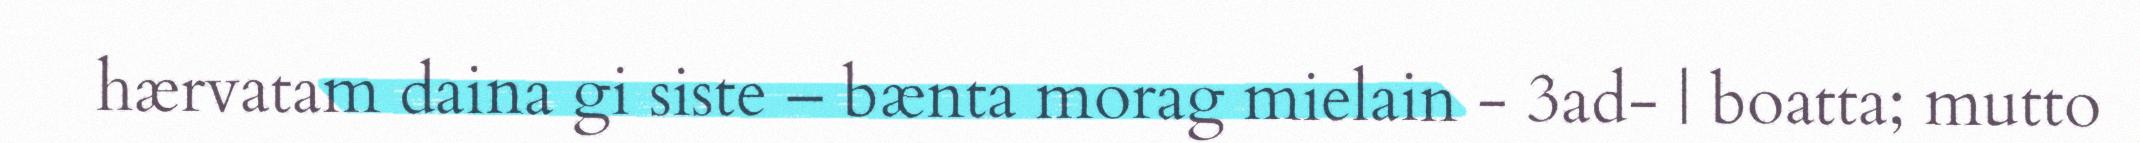
hærvatam daina gi siste – bænta morag mielain - 3ad- | boatta; mutto